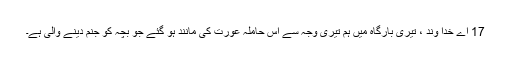
17 اے خدا وند ، تیری بارگاہ میں ہم تیری وجہ سے اس حاملہ عورت کی مانند ہو گئے جو بچہ کو جنم دینے والی ہے۔